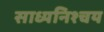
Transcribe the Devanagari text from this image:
साध्यनिश्चय